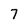
Character: 7